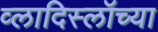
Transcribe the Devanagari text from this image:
व्लादिस्लॉच्या